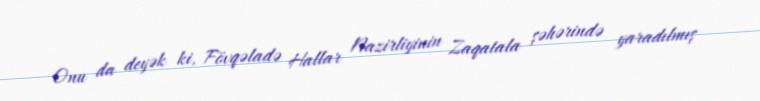
Onu da deyək ki, Fövqəladə Hallar Nazirliyinin Zaqatala şəhərində yaradılmış